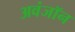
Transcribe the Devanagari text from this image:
अवंजॉन